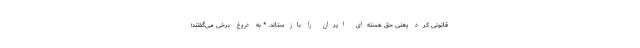
قانونی کرد یعنی حق هسته‌ای ایران را بازستاند. * به دروغ برخی می‌گفتند؛